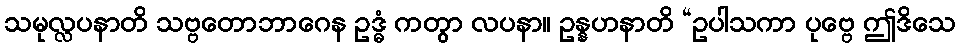
သမုလ္လပနာတိ သဗ္ဗတောဘာဂေန ဥဒ္ဓံ ကတွာ လပနာ။ ဥန္နဟနာတိ “ဥပါသကာ ပုဗ္ဗေ ဤဒိသေ